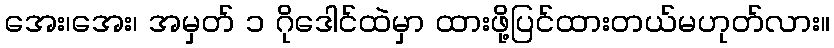
အေး၊အေး၊ အမှတ် ၁ ဂိုဒေါင်ထဲမှာ ထားဖို့ပြင်ထားတယ်မဟုတ်လား။